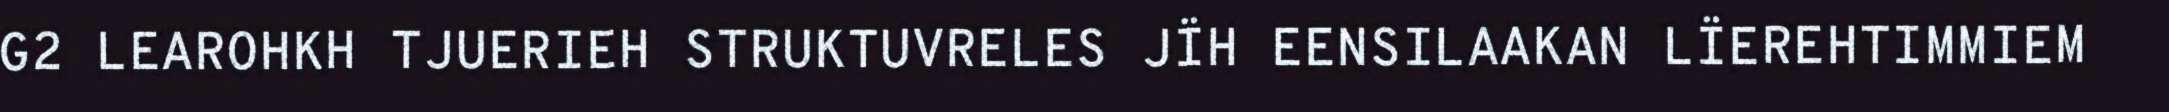
G2 LEAROHKH TJUERIEH STRUKTUVRELES JÏH EENSILAAKAN LÏEREHTIMMIEM